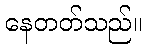
နေတတ်သည်။